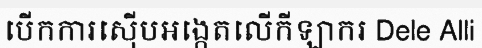
បើកការស៊ើបអង្កេតលើកីឡាករ Dele Alli